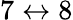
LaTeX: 7\leftrightarrow 8